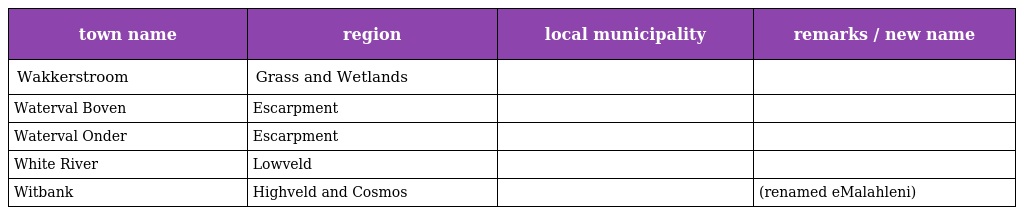
| town name | region | local municipality | remarks / new name |
 | --- | --- | --- | --- |
 | Wakkerstroom | Grass and Wetlands |  |  |
 | Waterval Boven | Escarpment |  |  |
 | Waterval Onder | Escarpment |  |  |
 | White River | Lowveld |  |  |
 | Witbank | Highveld and Cosmos |  | (renamed eMalahleni) |